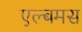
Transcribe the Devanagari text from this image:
एल्बमस